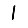
Digit: 1